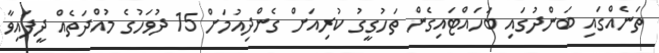
ތަނެއްގައި ބަންދުގައި ބަހައްޓައިގެން ތަހުގީގު ކުރިއަށް ގެންދިއުމަށް 15 ދުވަހުގެ މުއްދަތެއް ދީފައިވާ